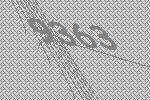
9363